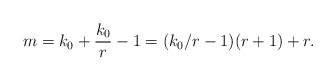
\begin{align*}m = k_0 + \frac{k_0}{r}-1 = (k_0/r-1) (r+1) + r.\end{align*}